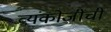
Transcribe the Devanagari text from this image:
व्यंकोजींची